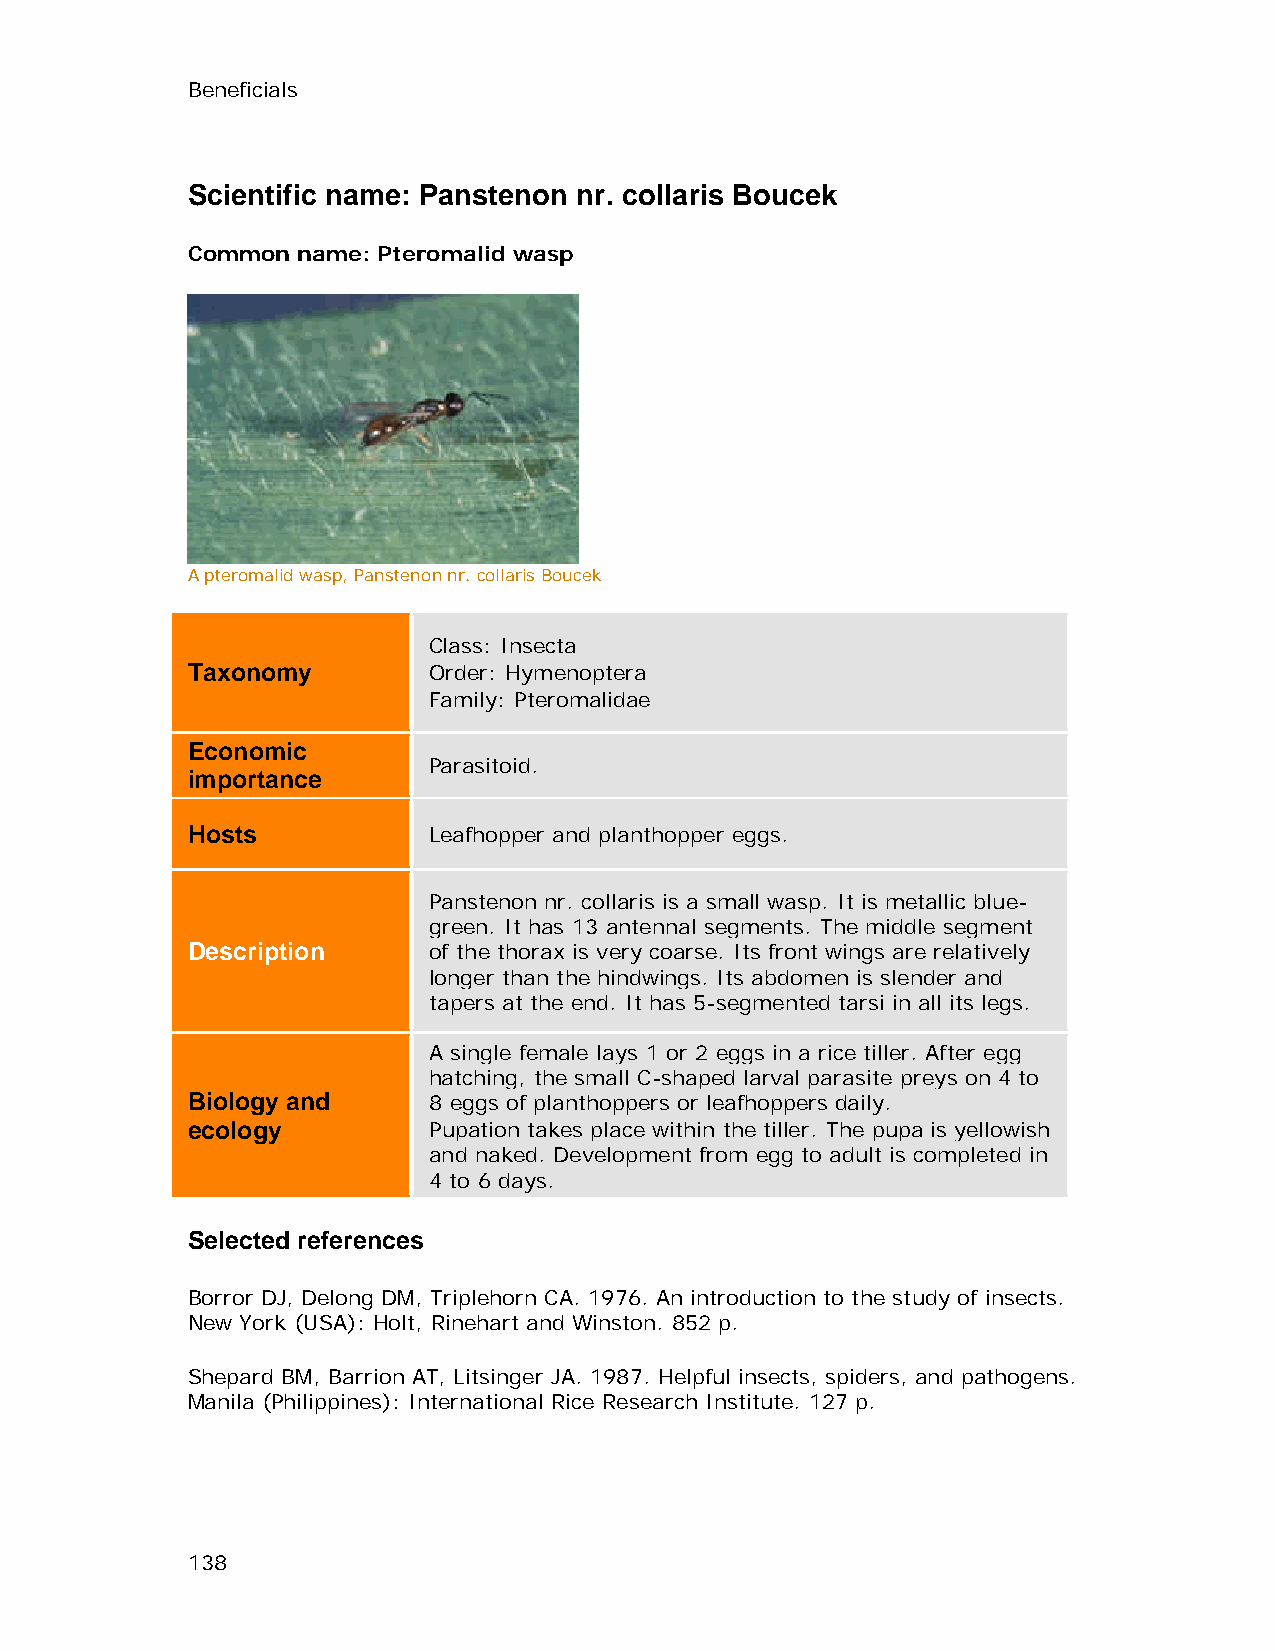
Beneficials
 Scientific name: Panstenon nr. collaris Boucek
 Common  name: Pteromalid wasp
 A pteromalid wasp, Panstenon nr. collaris Boucek
 Class: Insecta
 Taxonomy        Order: Hymenoptera
 Family: Pteromalidae
 Economic
 Parasitoid.
 importance
 Hosts           Leafhopper and planthopper eggs.
 Panstenon nr. collaris is a small wasp. It is metallic blue-
 green. It has 13 antennal segments. The middle segment
 Description     of the thorax is very coarse. Its front wings are relatively
 longer than the hindwings. Its abdomen is slender and
 tapers at the end. It has 5-segmented tarsi in all its legs.
 A single female lays 1 or 2 eggs in a rice tiller. After egg
 hatching, the small C-shaped larval parasite preys on 4 to
 Biology and     8 eggs of planthoppers or leafhoppers daily.
 ecology         Pupation takes place within the tiller. The pupa is yellowish
 and naked. Development from egg to adult is completed in
 4 to 6 days.
 Selected references
 Borror DJ, Delong DM, Triplehorn CA. 1976. An introduction to the study of insects.
 New York (USA): Holt, Rinehart and Winston. 852 p.
 Shepard BM, Barrion AT, Litsinger JA. 1987. Helpful insects, spiders, and pathogens.
 Manila (Philippines): International Rice Research Institute. 127 p.
 138